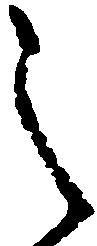
之